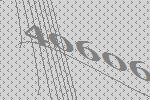
40606